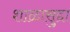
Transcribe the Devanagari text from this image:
शाळासुद्दा